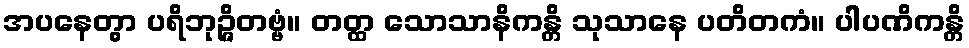
အပနေတွာ ပရိဘုဉ္ဇိတဗ္ဗံ။ တတ္ထ သောသာနိကန္တိ သုသာနေ ပတိတကံ။ ပါပဏိကန္တိ